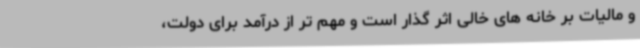
و مالیات بر خانه های خالی اثر گذار است و مهم تر از درآمد برای دولت،